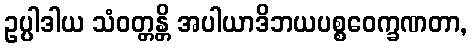
ဥပ္ပါဒါယ သံဝတ္တန္တိ အပါယာဒိဘယပစ္စဝေက္ခဏတာ,